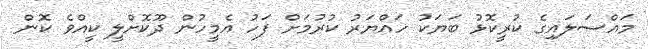
މައްސަލައިގެ ކުރީކޮޅު ބަޔަކު ހައްޔަރު ކުރުމަށް ފަހު އެމީހުން ދޫކޮށްލީ ކީއްވެ ކޮން